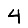
Digit: 4